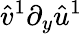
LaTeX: \hat{v}^{1}\partial_{y}\hat{u}^{1}